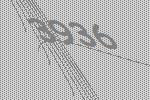
3936